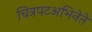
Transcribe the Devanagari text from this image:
चित्रपटअभिनेते